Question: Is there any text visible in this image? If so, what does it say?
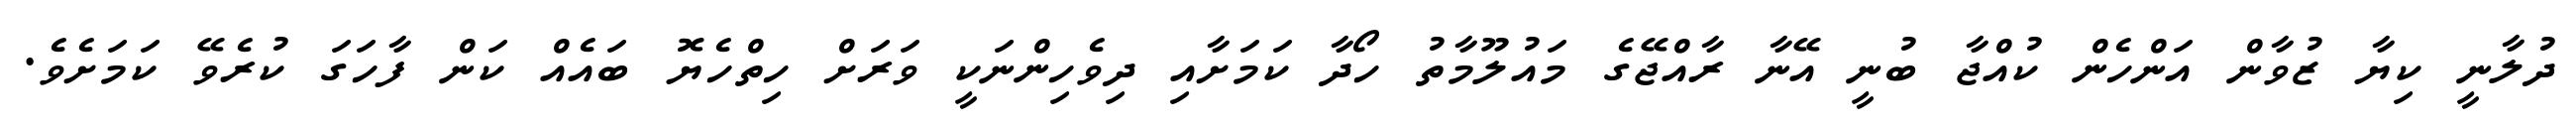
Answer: ދުލާނީ ކިޔާ ޒުވާން އަންހެން ކުއްޖާ ބުނީ އޭނާ ރާއްޖޭގެ މައުލޫމާތު ހޯދާ ކަމަށާއި ދިވެހިންނަކީ ވަރަށް ހިތްހެޔޮ ބައެއް ކަން ފާހަގަ ކުރެވޭ ކަމަށެވެ.